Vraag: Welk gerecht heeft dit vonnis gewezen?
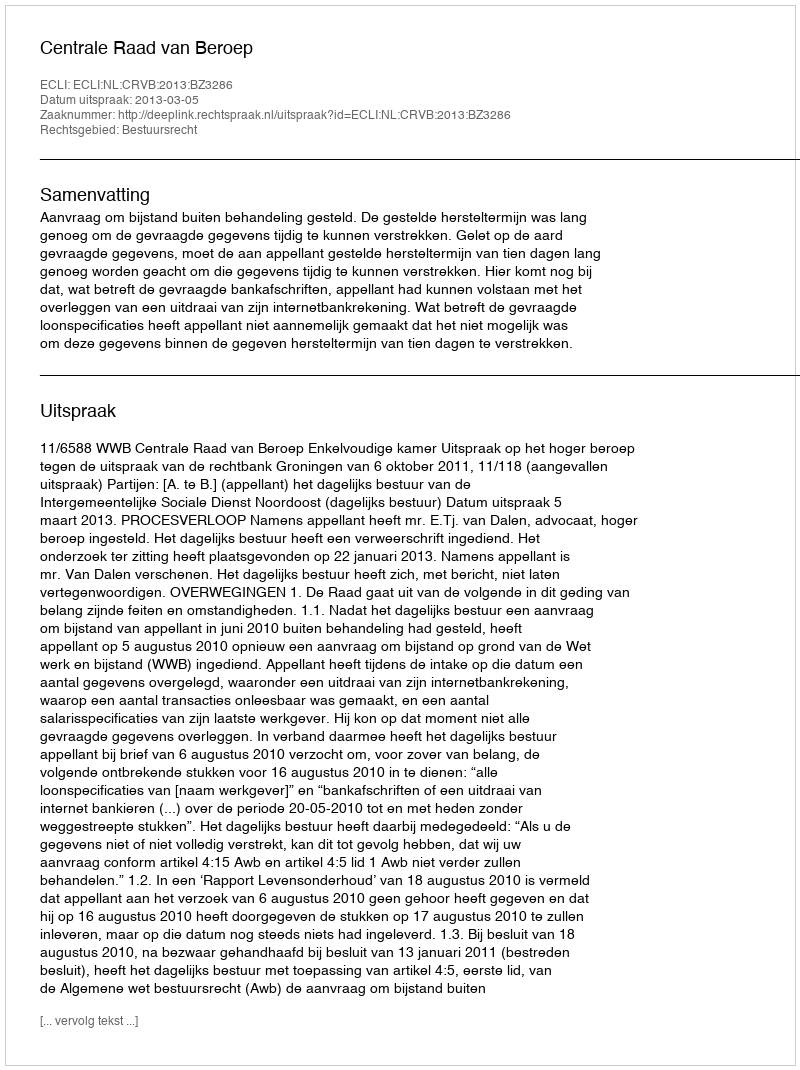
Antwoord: Centrale Raad van Beroep